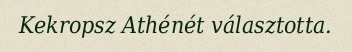
Kekropsz Athénét választotta.